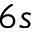
6 s